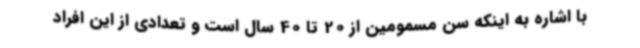
با اشاره به اینکه سن مسمومین از 20 تا 40 سال است و تعدادی از این افراد